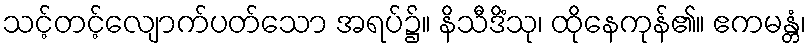
သင့်တင့်လျောက်ပတ်သော အရပ်၌။ နိသီဒိံသု၊ ထိုနေကုန်၏။ ဧကမန္တံ၊